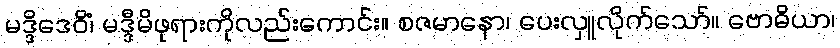
မဒ္ဒိဒေဝိံ၊ မဒ္ဒီမိဖုရားကိုလည်းကောင်း။ စဇမာနော၊ ပေးလှူလိုက်သော်။ ဗောဓိယာ၊